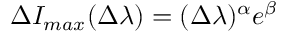
\Delta I _ { m a x } ( \Delta \lambda ) = ( \Delta \lambda ) ^ { \alpha } e ^ { \beta }